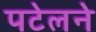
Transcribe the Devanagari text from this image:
पटेलने